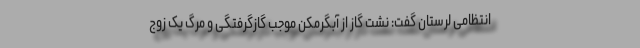
انتظامی لرستان گفت: نشت گاز از آبگرمکن موجب گازگرفتگی و مرگ یک زوج